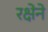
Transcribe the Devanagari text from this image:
रक्षेने